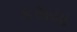
કસયા